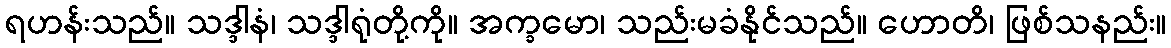
ရဟန်းသည်။ သဒ္ဒါနံ၊ သဒ္ဒါရုံတို့ကို။ အက္ခမော၊ သည်းမခံနိုင်သည်။ ဟောတိ၊ ဖြစ်သနည်း။